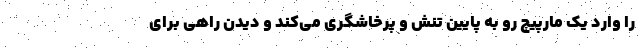
را وارد یک مارپیچ رو به پایین تنش و پرخاشگری می‌کند و دیدن راهی برای